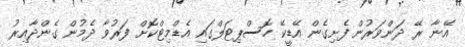
އޭނާ ރޭ ދަންވަރުން ފެށިގެން އޭޑީކޭ ހޮސްޕިޓަލްގައި އެޑްމިޓްކޮށް ފަރުވާ ދެމުން ގެންދާއިރު